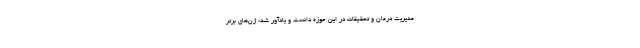
مدیریت درمان و تحقیقات در این حوزه دانست و یادآور شد: ژن‌های برتر